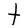
Character: t